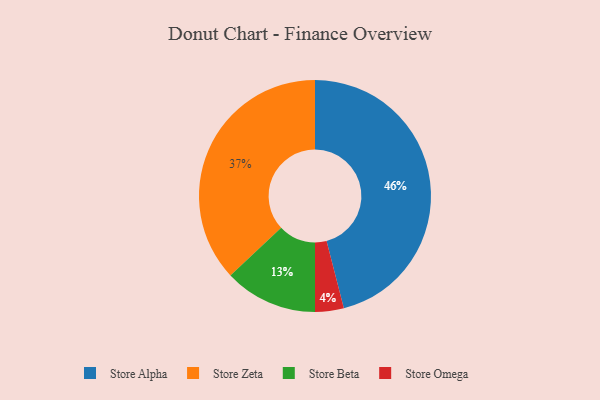
{"axis": {"x": "Category", "y": "Percentage"}, "legend": ["Store Alpha", "Store Beta", "Store Omega", "Store Zeta"], "data": [{"x": "Store Beta", "y": 13, "type": "Store Beta"}, {"x": "Store Omega", "y": 4, "type": "Store Omega"}, {"x": "Store Alpha", "y": 46, "type": "Store Alpha"}, {"x": "Store Zeta", "y": 37, "type": "Store Zeta"}]}